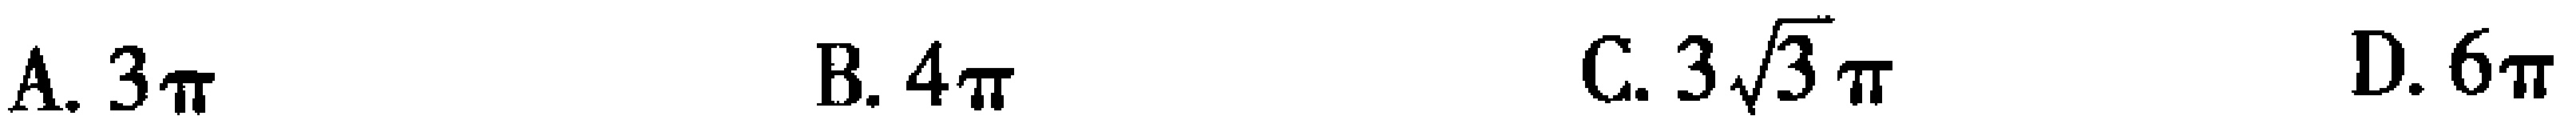
A. \(3\pi\)  B. \(4\pi\)  C. \(3\sqrt{3}\pi\)  D. \(6\pi\)